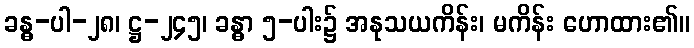
ခန္ဓ-ပါ-၂၈၊ ဋ္ဌ-၂၄၅၊ ခန္ဓာ ၅-ပါး၌ အနုသယကိန်း၊ မကိန်း ဟောထား၏။